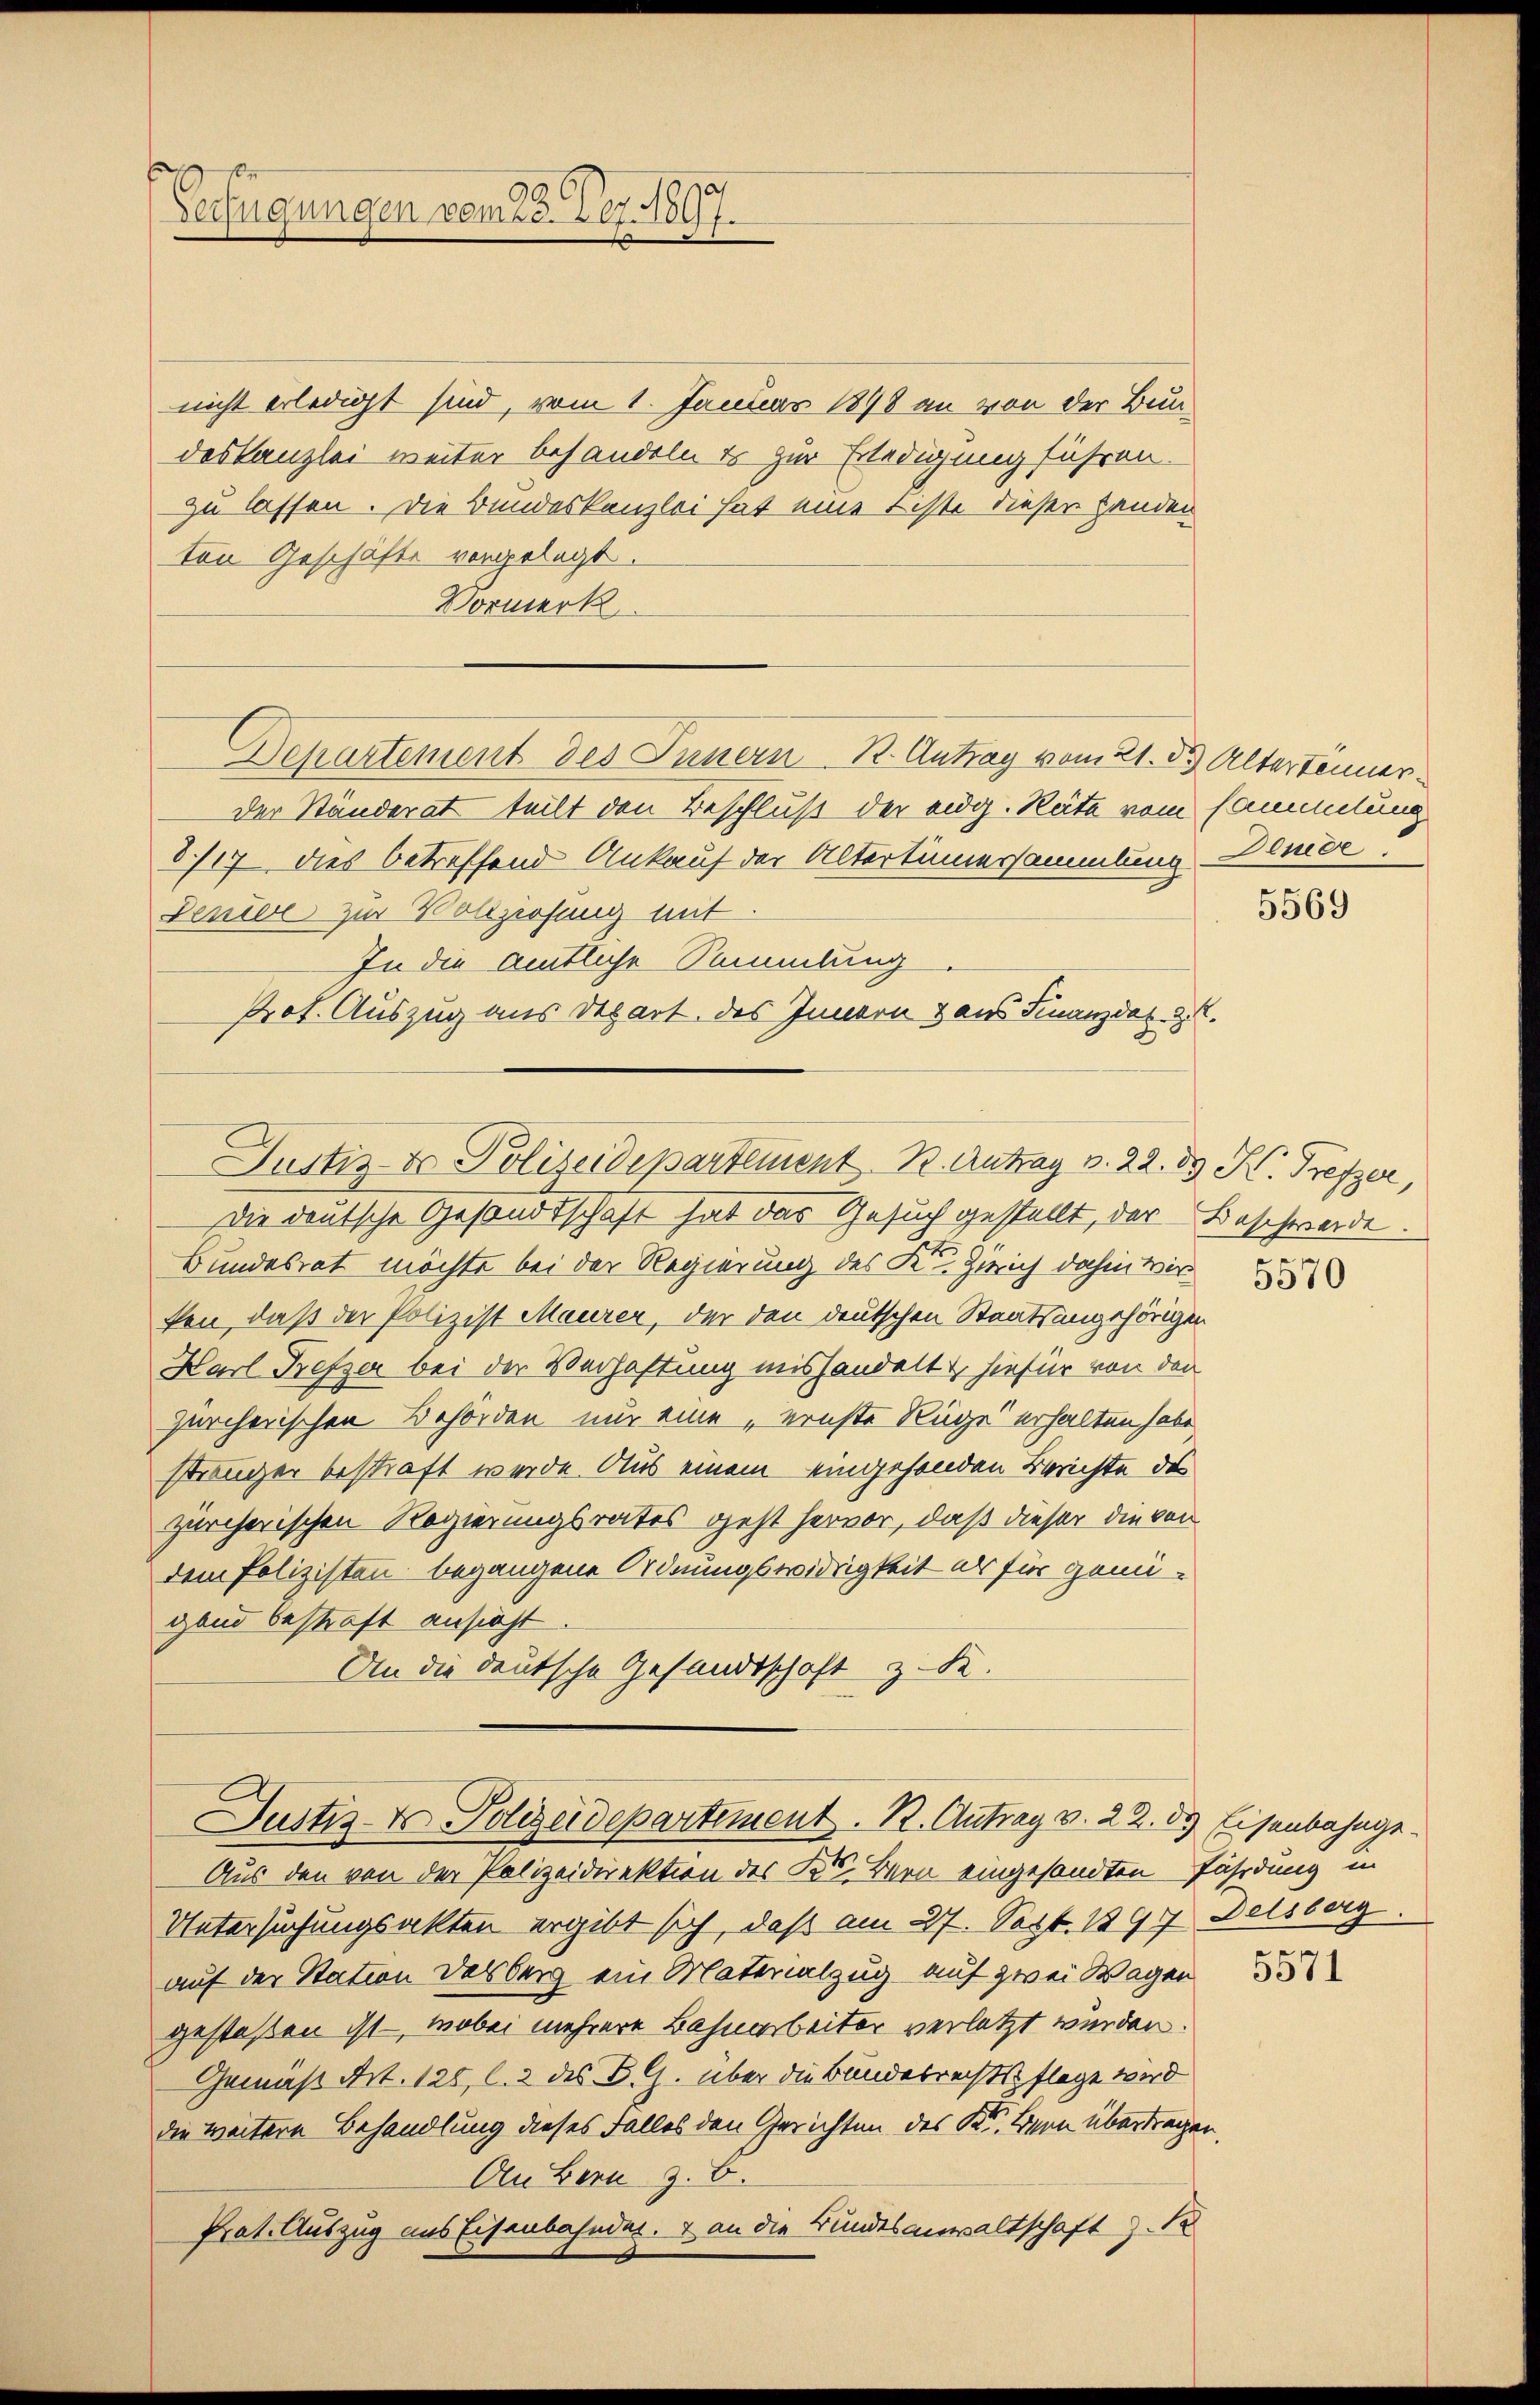
s
9
Verfügungen vomec. 267. 1897.

nicht erledigt sind, vom 1. Januar 1898 an von der Bundeskanzlei weiter behandeln es zur Erledigung führen.
zu lassen. Die Bundeskanzlei hat eine Liste dieser Handen
ton Geschäfte vorgelegt.
Vormerk
der Ständerat teilt den Beschluß der eidg. Räte vom Sammlung
87/17 dies betreffend Ankauf der Altertümersammlung Deute.
deniere zur Vollziehung mit
In die amtliche Sammlung
Prot. Auszug aus Depart. des Innern aus Finanzdas. z.
Justiz- & Polizeidepartement. B. Antrag v. 22. d. K. Trefzer,
Die deutsche Gesandtschaft hat das Gesuch gestellt, der Beschwerde.
Bundesrat möchte bei der Regierung des Kt. Zürich dahin wir
fen, daß der Polizist Maurer, der den deutschen Staatsangehörigen
Karl Prefer bei der Verhaftung mishandelt hiefür von den
Zürcherischen Behörden nur eine „ernste Rüge erhalten habe,
stränzer bestraft wurde. Aus einem eingehenden Berichte des
zürcherischen Regierungsrates geht hervor, daß dieser die von
dem Polizisten begangene Ordnungswidrigkeit es für genügand bestraft ansicht
An die deutsche Gesandtschaft z. B.

Departement des Innern K. Antrag vom 21. ds Altertenner

Justiz- & Polizeidepartement. R. Antrag v. 22. ds Eisenbahnge¬

Aus den von der Polizeidirektion des K. Bern eingesandten Fährdung in
Untersuchungsakten ergibt sich, daß am 27. Sept. 1897 Delsberg.
auf der Station des berg ein Materialzug auf zwei Wagen
gestoßen ist – wobei mehrere Bahnarbeiter verletzt wurden.
Gemäß Art. 125, l. 2 des B. G. über die Bundesrechtsflage wird
die weitere Behandlung dieses Falles den Gerichten des K. Bern übertragen,
An Bern z. B.
Prat. Auszug aus Eisenbahnden. + an die Bundesanwaltschaft z. B

5569

5571